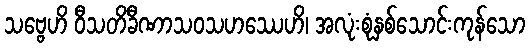
သဗ္ဗေဟိ ဝီသတိခီဏာသဝသဟဿေဟိ၊ အလုံးစုံနှစ်သောင်းကုန်သော